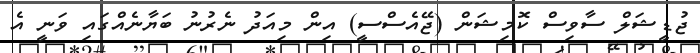
ޖުޑީޝަލް ސާވިސް ކޮމިޝަން (ޖޭއެސްސީ) އިން މިއަދު ނެރުނު ބަޔާނެއްގައި ވަނީ އެ